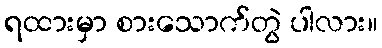
ရထားမှာ စားသောက်တွဲ ပါလား။